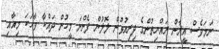
ނަމަވެސް އީރާން ރައްޔިތުންގެ ދިރިއުޅުން ލޮލުން ފެންނަ މީހުން ދައްކާ ވާހަކަ މިއާއި